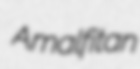
Amalfitan